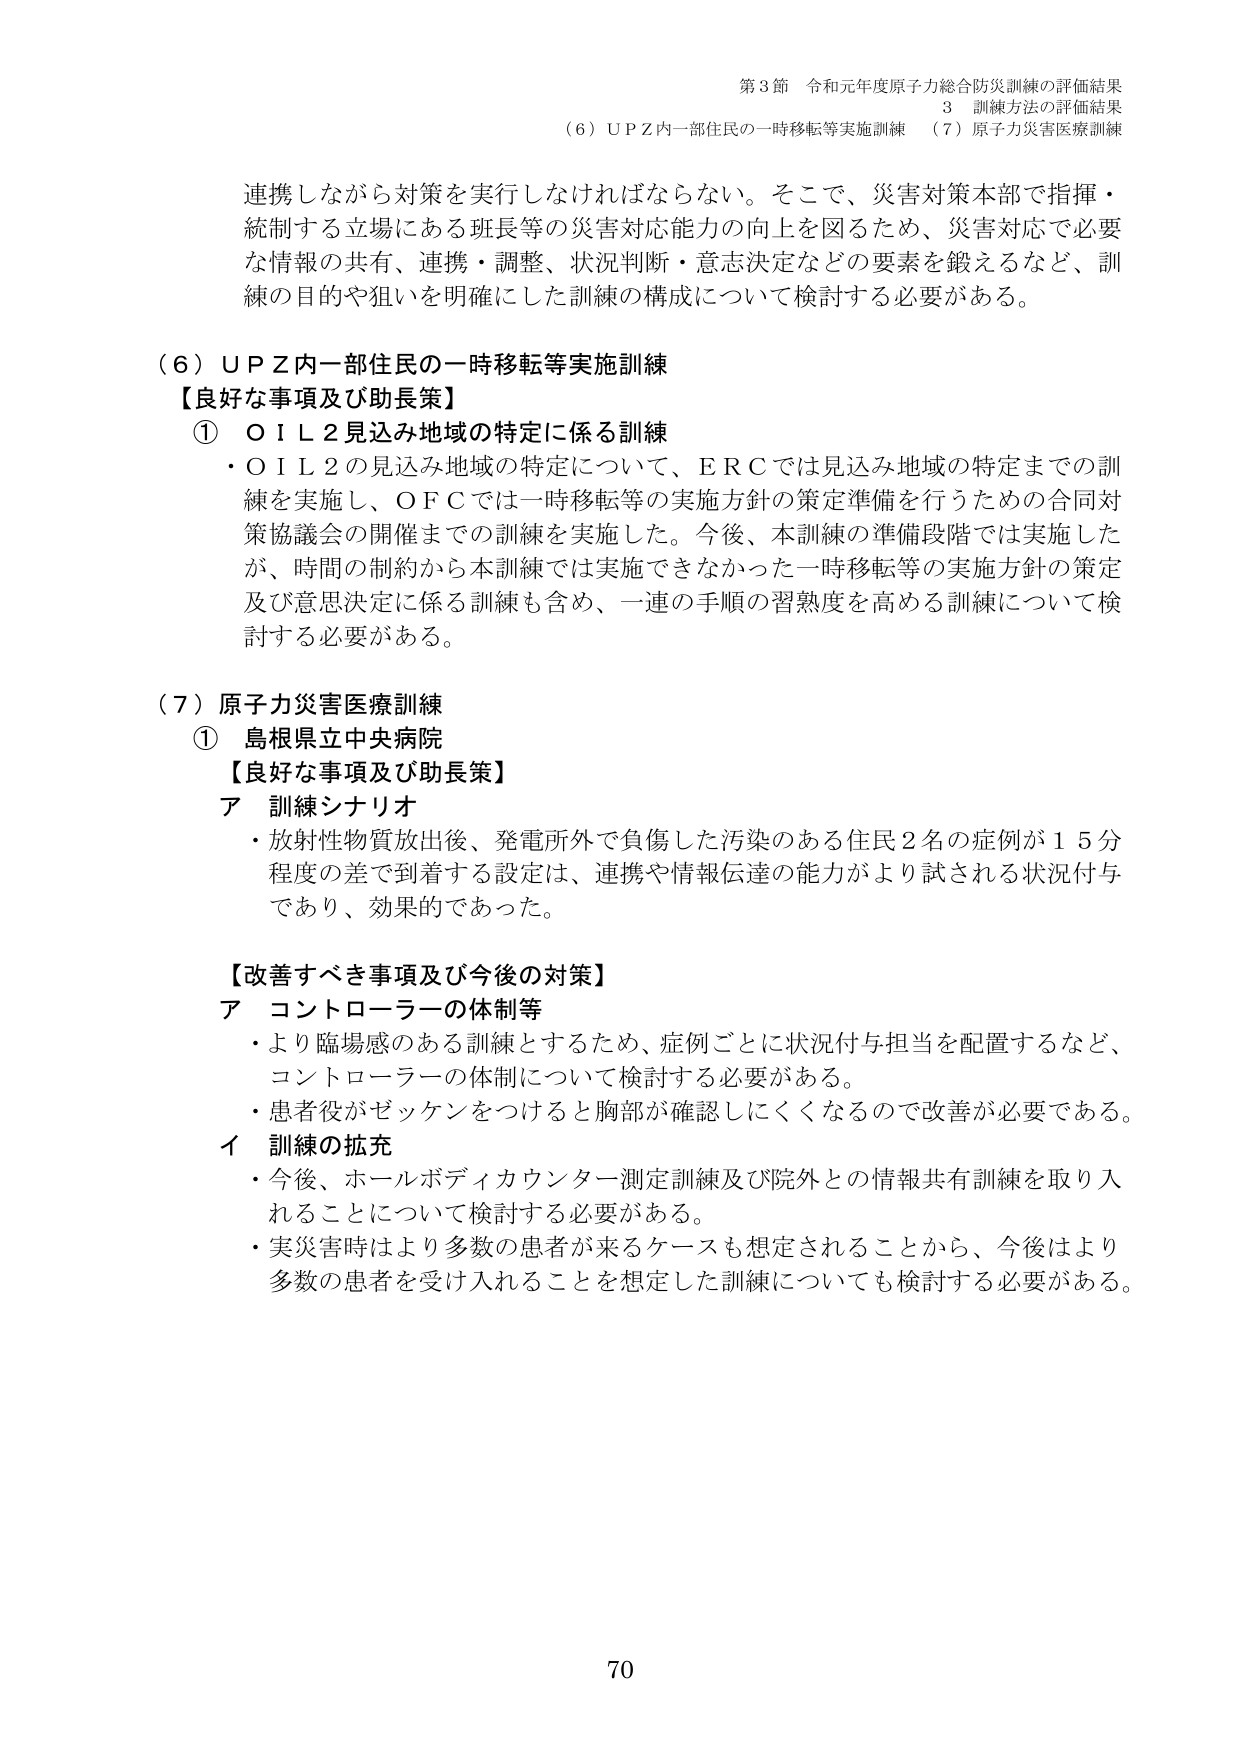
第3節 令和元年度原子力総合防災訓練の評価結果
3 訓練方法の評価結果
（6）ＵＰＺ内一部住民の一時移転等実施訓練 （7）原子力災害医療訓練

連携しながら対策を実行しなければならない。そこで、災害対策本部で指揮・
統制する立場にある班長等の災害対応能力の向上を図るため、災害対応で必要
な情報の共有、連携・調整、状況判断・意志決定などの要素を鍛えるなど、訓
練の目的や狙いを明確にした訓練の構成について検討する必要がある。

（6）ＵＰＺ内一部住民の一時移転等実施訓練
【良好な事項及び助長策】
① ＯＩＬ２見込み地域の特定に係る訓練
・ＯＩＬ２の見込み地域の特定について、ＥＲＣでは見込み地域の特定までの訓練を実施し、ＯＦＣでは一時移転等の実施方針の策定準備を行うための合同対策協議会の開催までの訓練を実施した。今後、本訓練の準備段階では実施したが、時間の制約から本訓練では実施できなかった一時移転等の実施方針の策定及び意思決定に係る訓練も含め、一連の手順の習熟度を高める訓練について検討する必要がある。

（7）原子力災害医療訓練
① 島根県立中央病院
【良好な事項及び助長策】
ア 訓練シナリオ
・放射性物質放出後、発電所外で負傷した汚染のある住民2名の症例が15分程度の差で到着する設定は、連携や情報伝達の能力がより試される状況付与であり、効果的であった。

【改善すべき事項及び今後の対策】
ア コントローラーの体制等
・より臨場感のある訓練とするため、症例ごとに状況付与担当を配置するなど、コントローラーの体制について検討する必要がある。
・患者役がゼッケンをつけると胸部が確認しにくくなるので改善が必要である。
イ 訓練の拡充
・今後、ホールボディカウンター測定訓練及び院外との情報共有訓練を取り入れることについて検討する必要がある。
・実災害時はより多数の患者が来るケースも想定されることから、今後はより多数の患者を受け入れることを想定した訓練についても検討する必要がある。

70